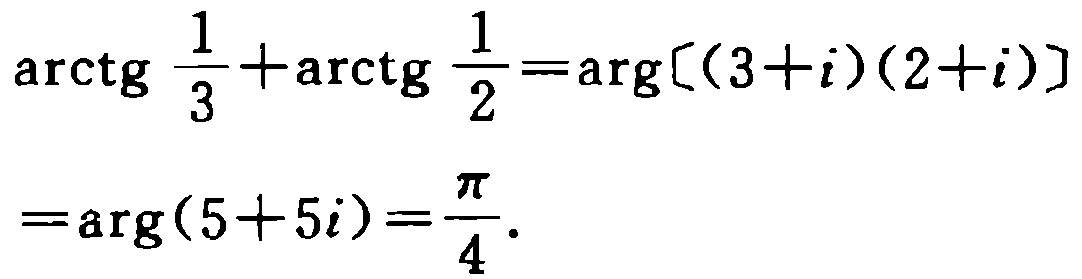
\(\text{arctg }\frac{1}{3}+\text{arctg }\frac{1}{2}=\text{arg}[(3 + i)(2 + i)]=\text{arg}(5 + 5i)=\frac{\pi}{4}\)